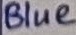
Text: Blue